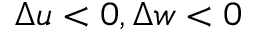
\Delta u < 0 , \Delta w < 0